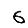
Digit: 6